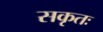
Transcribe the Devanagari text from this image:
सकृतः